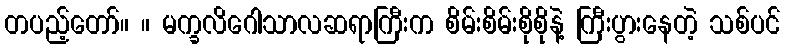
တပည့်တော်။ ။ မက္ခလိဂေါသာလဆရာကြီးက စိမ်းစိမ်းစိုစိုနဲ့ ကြီးပွားနေတဲ့ သစ်ပင်